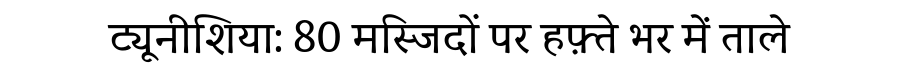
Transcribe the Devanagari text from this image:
ट्यूनीशिया: 80 मस्जिदों पर हफ़्ते भर में ताले